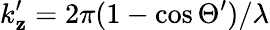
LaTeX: k_{\mathbf{z}}^{\prime}=2\pi(1-\cos\Theta^{\prime})/\lambda